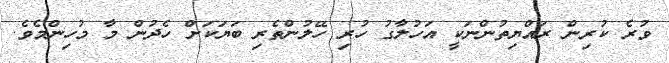
ވުރެ ކުރިން ރައްޔިތުންނަކީ އަހުލާގު ހުރި ހޭލުންތެރި ބަޔަކަށް ހެދުން މާ މުހިންމެވެ.